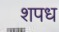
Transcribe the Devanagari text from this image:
शपध